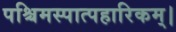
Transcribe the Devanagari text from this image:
पश्चिमस्पात्पहारिकम्।